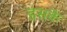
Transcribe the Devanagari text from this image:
इसकै